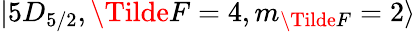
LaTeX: \lvert 5D_{5/2},\Tilde{F}=4,m_{\Tilde{F}}=2\rangle